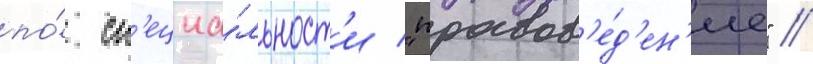
по́ сп'ециа́льност'и "правов'е́д'ен'ие" //